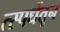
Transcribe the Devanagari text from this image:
त्स्पर्धेतून